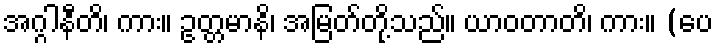
အဂ္ဂါနီတိ၊ ကား။ ဥတ္တမာနိ၊ အမြတ်တို့သည်။ ယာဝတာတိ၊ ကား။ (ပေ